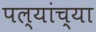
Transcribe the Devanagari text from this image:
पल्यांच्या